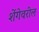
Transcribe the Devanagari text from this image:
शेंगेवरील